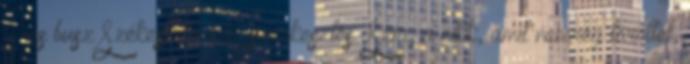
1-es busz Székesfehérvár szerkesztés Szia, a cikk, amit nemrég töröltél,